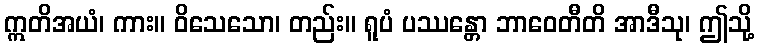
ဣတိအယံ၊ ကား။ ဝိသေသော၊ တည်း။ ရူပံ ပဿန္တော ဘာဝေတီတိ အာဒီသု၊ ဤသို့